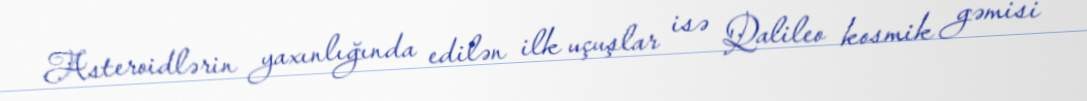
Asteroidlərin yaxınlığında edilən ilk uçuşlar isə Qalileo kosmik gəmisi